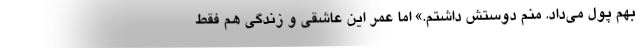
بهم پول می‌داد. منم دوستش داشتم.» اما عمر این عاشقی و زندگی هم فقط